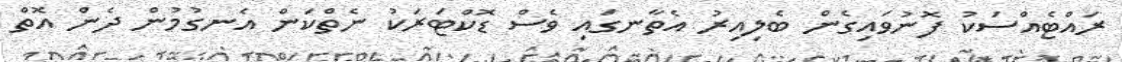
ރައްޓެއްސަކު ފޮނުވައިގެން ބެލިއިރު އެތާނގައި ވެސް ޑޮކްޓަރަކު ނެތްކަން އެނގުމުން ދެން އޮތް